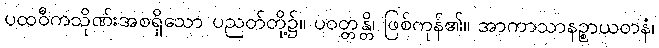
ပထဝီကသိုဏ်းအစရှိသော ပညတ်တို့၌။ ပဝတ္တန္တိ၊ ဖြစ်ကုန်၏။ အာကာသာနဉ္စာယတနံ၊